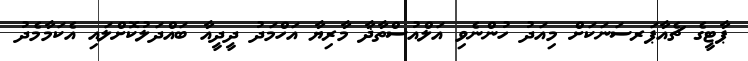
ޕާޓީގެ ޗެއާޕަރސަނަކަށް މިއަދު ހުންނެވި އަލްއުސްތާޛާ މާރިޔާ އަހްމަދު ދީދީއާ ބައްދަލުކޮށްލައި އެކަމާމެދު